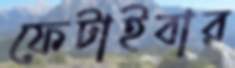
ফেটাইবার